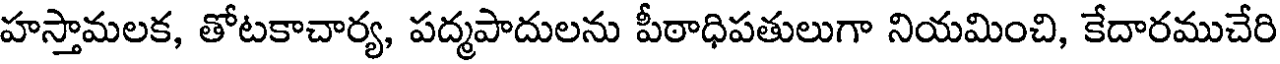
హస్తామలక, తోటకాచార్య, పద్మపాదులను పీఠాధిపతులుగా నియమించి, కేదారముచేరి